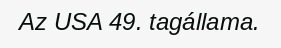
Az USA 49. tagállama.